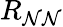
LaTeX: R_{\mathcal{N}\mathcal{N}}